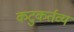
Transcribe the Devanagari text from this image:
कटुकर्तव्य